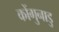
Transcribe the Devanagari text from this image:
कोंगुनाडु